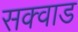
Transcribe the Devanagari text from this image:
सक्वाड